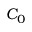
C _ { 0 }